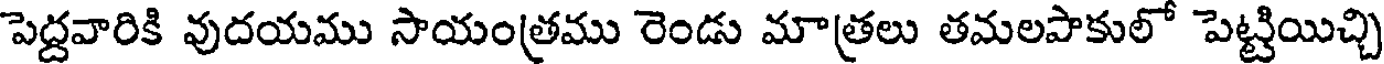
పెద్దవారికి వుదయము సాయంత్రము రెండు మాత్రలు తమలపాకులో పెట్టియిచ్చి